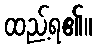
ထည့်ရ၏။